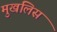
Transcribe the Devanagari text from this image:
मुखलिस